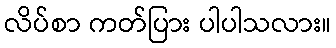
လိပ်စာ ကတ်ပြား ပါပါသလား။